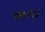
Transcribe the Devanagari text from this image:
९७०।।